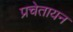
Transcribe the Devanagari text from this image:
प्रचेतायन